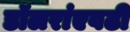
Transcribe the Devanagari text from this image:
डॉलरांएवढी